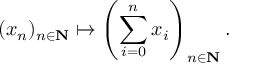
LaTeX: ( x _ { n } ) _ { n \in \mathbf { N } } \mapsto \left( \sum _ { i = 0 } ^ { n } x _ { i } \right) _ { n \in \mathbf { N } } .